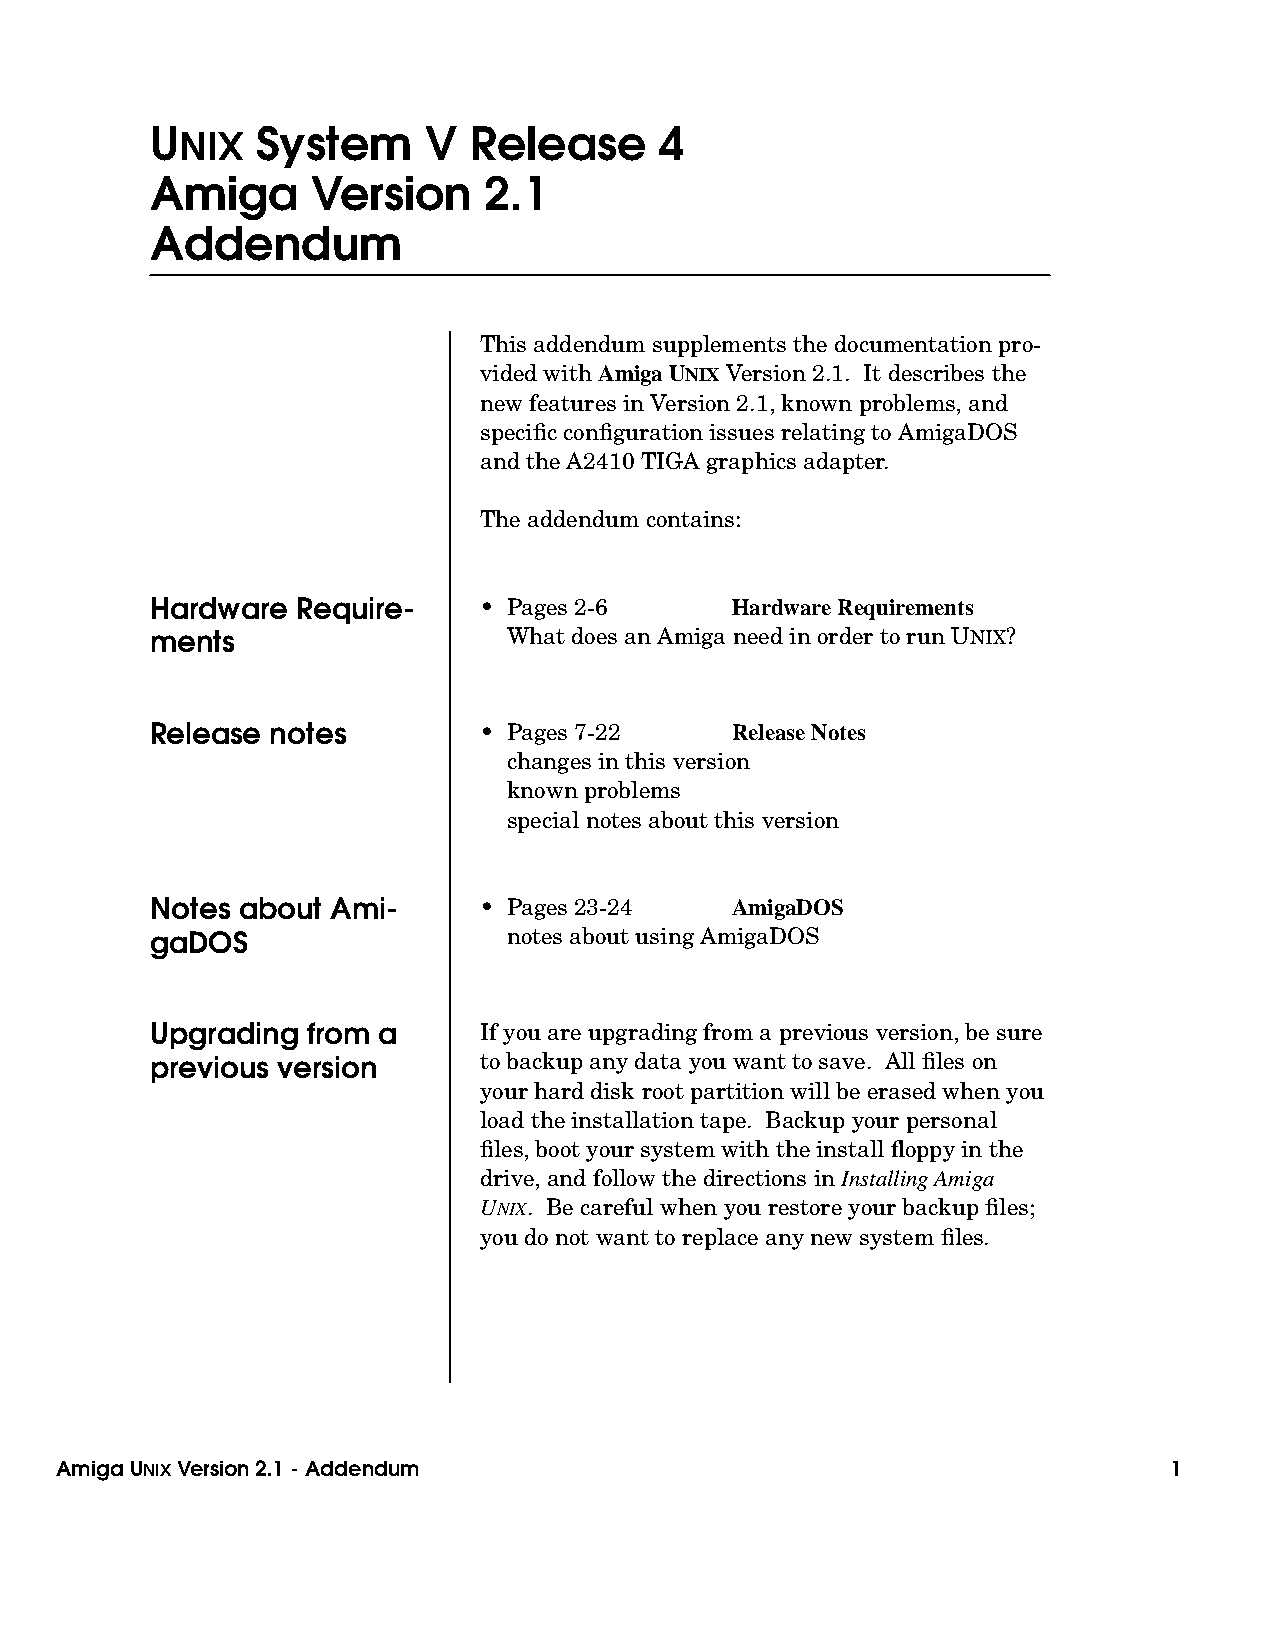
U      System     V  Release      4
 NIX
 Amiga      Version    2.1
 Addendum
 This addendum supplements the documentation pro-
 vided with Amiga UNIX Version 2.1. It describes the
 new features in Version 2.1, known problems, and
 specific configuration issues relating to AmigaDOS
 and the A2410 TIGA graphics adapter.
 The addendum contains:
 Hardware  Require-    • Pages 2-6     HardwareRequirements
 ments                   What does an Amiga need in order to run UNIX?
 Release notes         • Pages 7-22    Release Notes
 changes in this version
 known problems
 special notes about this version
 Notes about Ami-      • Pages 23-24   AmigaDOS
 gaDOS                   notes about using AmigaDOS
 Upgrading from a      If you are upgrading from a previous version, be sure
 previous version      to backup any data you want to save. All files on
 your hard disk root partition will be erased when you
 load the installation tape. Backup your personal
 files, boot your system with the install floppy in the
 drive, and follow the directions in Installing Amiga
 UNIX. Be careful when you restore your backup files;
 you do not want to replace any new system files.
 Amiga UNIXVersion 2.1 - Addendum                                         1